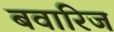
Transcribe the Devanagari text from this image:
बवारिज